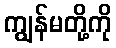
ကျွန်မတို့ကို